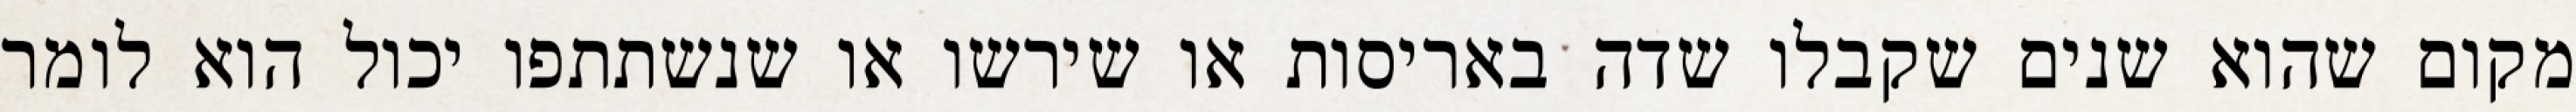
מקום שהוא שנים שקבלו שדה באריסות או שירשו או שנשתתפו יכול הוא לומר